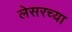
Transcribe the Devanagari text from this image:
लेसरच्या